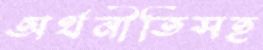
অর্থনীতিসহ